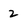
Character: 2